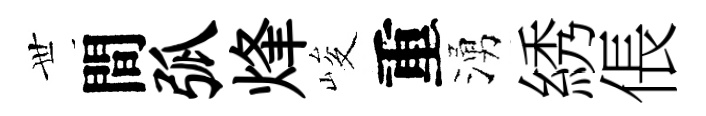
𠀍間弧烽峻重湧綉倀